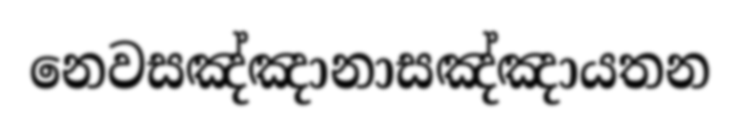
නෙවසඤ්ඤානාසඤ්ඤායතන